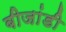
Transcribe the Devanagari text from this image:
बीजांडी